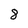
Character: 8